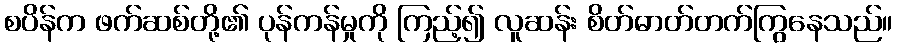
စပိန်က ဖက်ဆစ်တို့၏ ပုန်ကန်မှုကို ကြည့်၍ လူဆန်း စိတ်ဓာတ်တက်ကြွနေသည်။